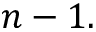
n - 1 .